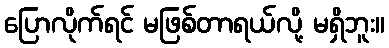
ပြောလိုက်ရင် မဖြစ်တာရယ်လို့ မရှိဘူး။